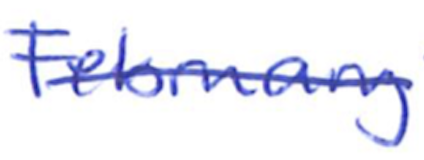
Text: February
Cross-out: mix
Writing tool: ballpoint